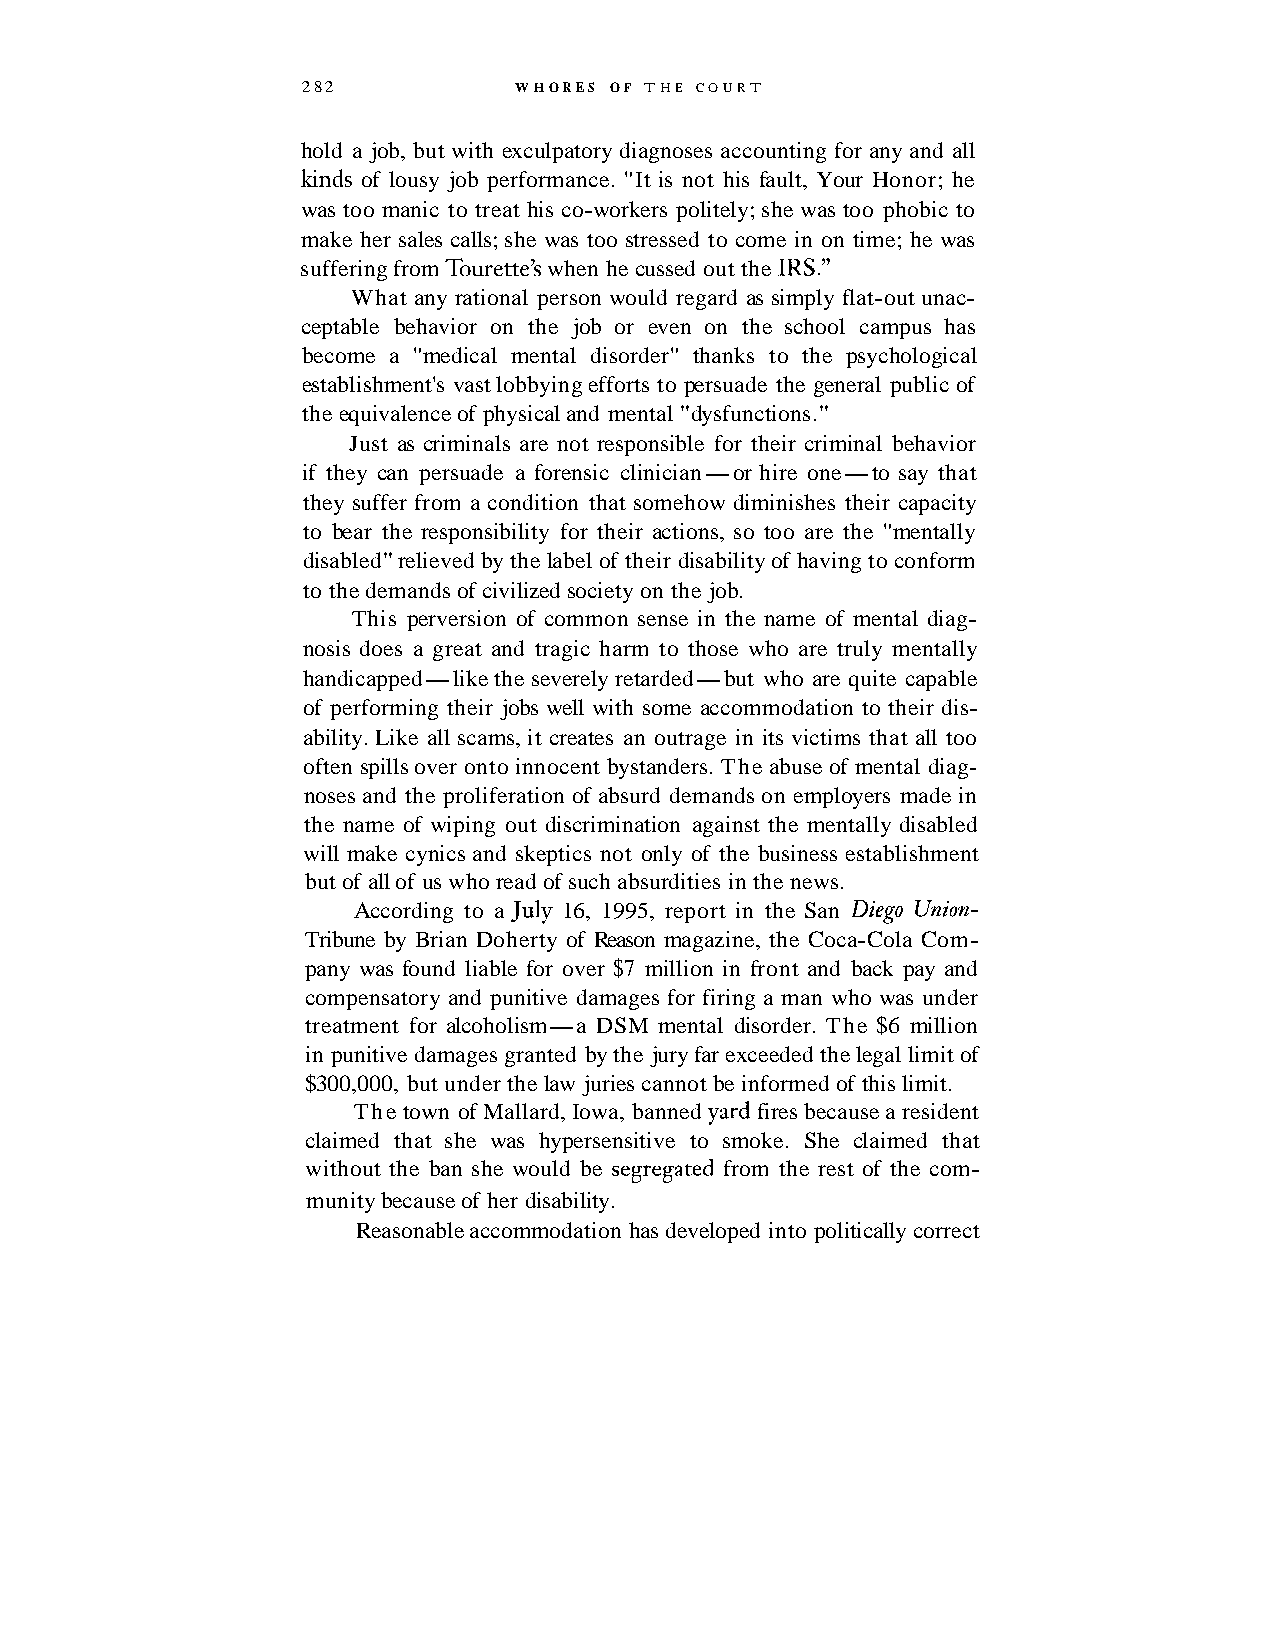
282           WHORES OF THE COURT
 hold a job, but with exculpatory diagnoses accounting for any and all
 hnds of lousy job performance. "It is not his fault, Your Honor; he
 was too manic to treat his co-workers politely; she was too phobic to
 make her sales calls; she was too stressed to come in on time; he was
 suffering from Tourette's when he cussed out the IRS."
 What any rational person would regard as simply flat-out unac-
 ceptable behavior on the job or even on the school campus has
 become a "medical mental disorder" thanks to the psychological
 establishment's vast lobbying efforts to persuade the general public of
 the equivalence of physical and mental "dysfunctions."
 Just as criminals are not responsible for their criminal behavior
 if they can persuade a forensic clinician-or hire one-to say that
 they suffer from a condition that somehow diminishes their capacity
 to bear the responsibility for their actions, so too are the "mentally
 disabled" relieved by the label of their disability of having to conform
 to the demands of civilized society on the job.
 This perversion of common sense in the name of mental diag-
 nosis does a great and tragic harm to those who are truly mentally
 handicapped-like the severely retarded-but who are quite capable
 of performing their jobs well with some accommodation to their dis-
 ability. Like all scams, it creates an outrage in its victims that all too
 often spills over onto innocent bystanders. The abuse of mental diag-
 noses and the proliferation of absurd demands on employers made in
 the name of wiping out discrimination against the mentally disabled
 will make cynics and skeptics not only of the business establishment
 but of all of us who read of such absurdities in the news.
 According to a July 16, 1995, report in the San Diego Union-
 Tribune by Brian Doherty of Reason magazine, the Coca-Cola Com-
 pany was found liable for over $7 million in front and back pay and
 compensatory and punitive damages for firing a man who was under
 treatment for alcoholism-a DSM mental disorder. The $6 million
 in punitive damages granted by the jury far exceeded the legal limit of
 $300,000, but under the law juries cannot be informed of this limit.
 The town of Mallard, Iowa, banned ~arfdir es because a resident
 claimed that she was hypersensitive to smoke. She claimed that
 without the ban she would be segregated from the rest of the com-
 munity because of her disability.
 Reasonable accommodation has developed into politically correct